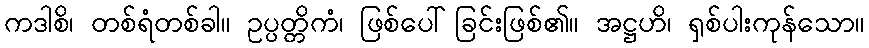
ကဒါစိ၊ တစ်ရံတစ်ခါ။ ဥပ္ပတ္တိကံ၊ ဖြစ်ပေါ်ခြင်းဖြစ်၏။ အဋ္ဌဟိ၊ ရှစ်ပါးကုန်သော။